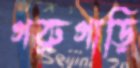
গরুগাড়ি